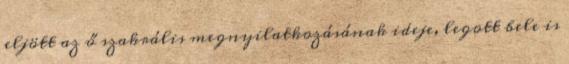
eljött az ő szakrális megnyilatkozásának ideje, legott bele is